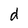
Character: d